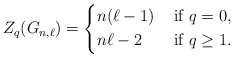
\begin{align*}Z_q(G_{n,\ell})&=\left\{\begin{aligned}&n(\ell-1) &\mbox{ if }q=0,\\&n\ell -2 & \mbox{ if }q\geq 1.\end{aligned}\right.\end{align*}